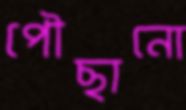
পৌছানো